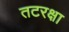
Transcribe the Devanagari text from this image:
तटरक्षा